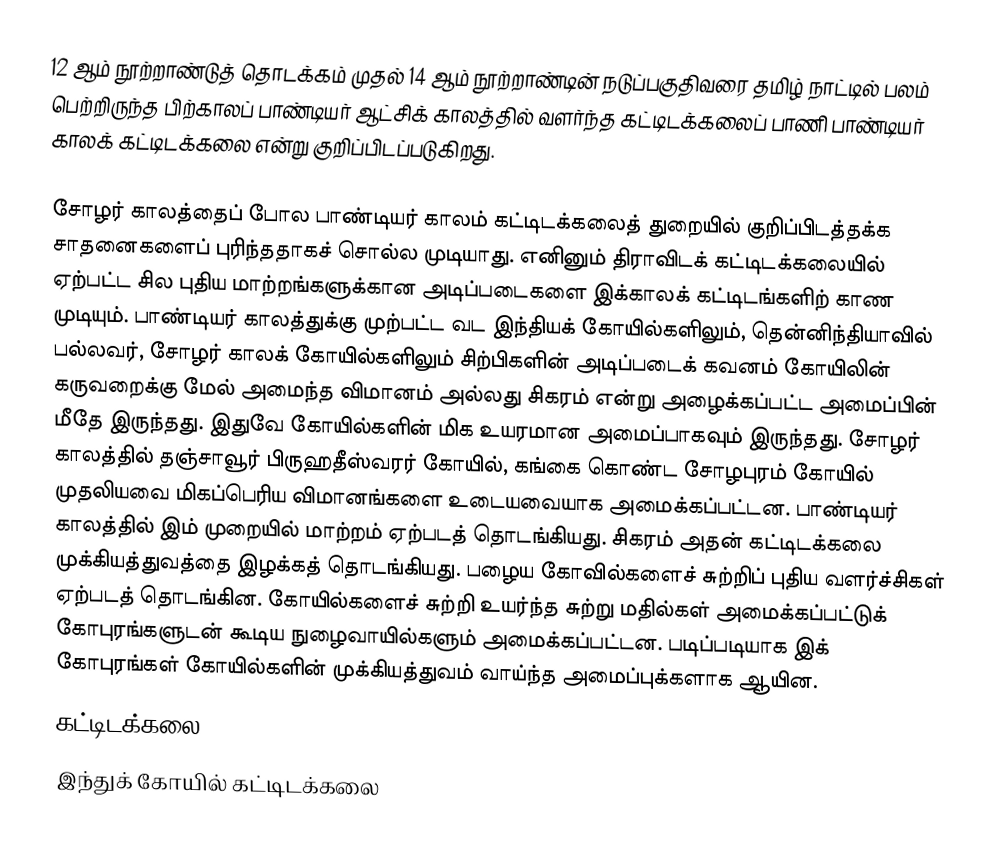
12 ஆம் நூற்றாண்டுத் தொடக்கம் முதல் 14 ஆம் நூற்றாண்டின் நடுப்பகுதிவரை தமிழ் நாட்டில் பலம் பெற்றிருந்த பிற்காலப் பாண்டியர் ஆட்சிக் காலத்தில் வளர்ந்த கட்டிடக்கலைப் பாணி பாண்டியர் காலக் கட்டிடக்கலை என்று குறிப்பிடப்படுகிறது.

சோழர் காலத்தைப் போல பாண்டியர் காலம் கட்டிடக்கலைத் துறையில் குறிப்பிடத்தக்க சாதனைகளைப் புரிந்ததாகச் சொல்ல முடியாது. எனினும் திராவிடக் கட்டிடக்கலையில் ஏற்பட்ட சில புதிய மாற்றங்களுக்கான அடிப்படைகளை இக்காலக் கட்டிடங்களிற் காண முடியும். பாண்டியர் காலத்துக்கு முற்பட்ட வட இந்தியக் கோயில்களிலும், தென்னிந்தியாவில் பல்லவர், சோழர் காலக் கோயில்களிலும் சிற்பிகளின் அடிப்படைக் கவனம் கோயிலின் கருவறைக்கு மேல் அமைந்த விமானம் அல்லது சிகரம் என்று அழைக்கப்பட்ட அமைப்பின் மீதே இருந்தது. இதுவே கோயில்களின் மிக உயரமான அமைப்பாகவும் இருந்தது. சோழர் காலத்தில் தஞ்சாவூர் பிருஹதீஸ்வரர் கோயில், கங்கை கொண்ட சோழபுரம் கோயில் முதலியவை மிகப்பெரிய விமானங்களை உடையவையாக அமைக்கப்பட்டன. பாண்டியர் காலத்தில் இம் முறையில் மாற்றம் ஏற்படத் தொடங்கியது. சிகரம் அதன் கட்டிடக்கலை முக்கியத்துவத்தை இழக்கத் தொடங்கியது. பழைய கோவில்களைச் சுற்றிப் புதிய வளர்ச்சிகள் ஏற்படத் தொடங்கின. கோயில்களைச் சுற்றி உயர்ந்த சுற்று மதில்கள் அமைக்கப்பட்டுக் கோபுரங்களுடன் கூடிய நுழைவாயில்களும் அமைக்கப்பட்டன. படிப்படியாக இக் கோபுரங்கள் கோயில்களின் முக்கியத்துவம் வாய்ந்த அமைப்புக்களாக ஆயின.
கட்டிடக்கலை
இந்துக் கோயில் கட்டிடக்கலை